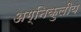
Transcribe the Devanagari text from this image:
अग्निकुलीय